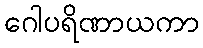
ဂေါပရိဏာယကာ